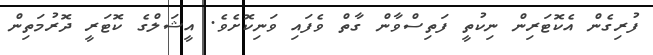
ފުރިގެން އެކޮޓަރިން ނިކުތީ ފަތިސްވާން ގާތް ވެފައި ވަނިކޮށެވެ. އީޝަލްގެ ކޮޓަރީ ދޮރުމަތިން